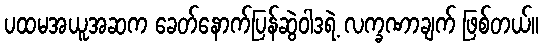
ပထမအယူအဆက ခေတ်နောက်ပြန်ဆွဲဝါဒရဲ့ လက္ခဏာချက် ဖြစ်တယ်။